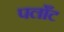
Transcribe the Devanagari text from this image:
पलाँट